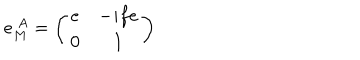
LaTeX: e _ { M } ^ { ~ A } = \left( \begin{array} { c c } { { e } } & { { - i f e } } \\ { { 0 } } & { { 1 } } \\ \end{array} \right) \,